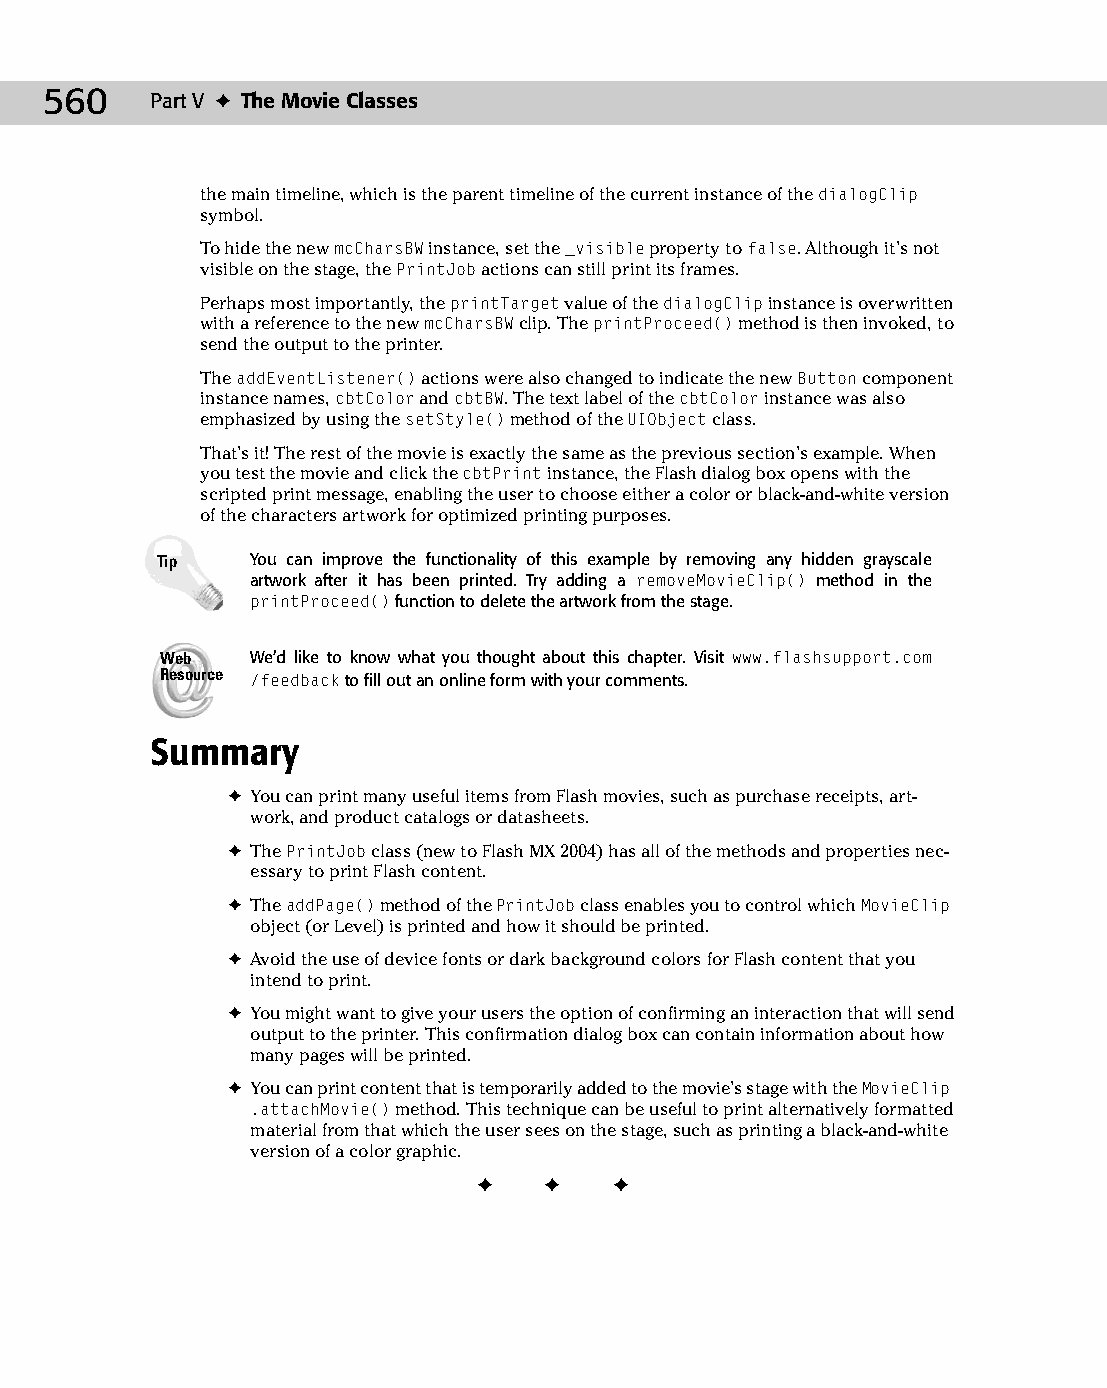
28 543547 ch22.qxd 3/24/04 4:09 PM Page 560
 560    Part V ✦ The Movie Classes
 the main timeline, which is the parent timeline of the current instance of the dialogClip
 symbol.
 To hide the new mcCharsBW instance, set the _visible property to false. Although it’s not
 visible on the stage, the PrintJob actions can still print its frames.
 Perhaps most importantly, the printTarget value of the dialogClip instance is overwritten
 with a reference to the new mcCharsBW clip. The printProceed() method is then invoked, to
 send the output to the printer.
 The addEventListener() actions were also changed to indicate the new Button component
 instance names, cbtColor and cbtBW. The text label of the cbtColor instance was also
 emphasized by using the setStyle() method of the UIObject class.
 That’s it! The rest of the movie is exactly the same as the previous section’s example. When
 you test the movie and click the cbtPrint instance, the Flash dialog box opens with the
 scripted print message, enabling the user to choose either a color or black-and-white version
 of the characters artwork for optimized printing purposes.
 Tip    You can improve the functionality of this example by removing any hidden grayscale
 artwork after it has been printed. Try adding a removeMovieClip() method in the
 printProceed() function to delete the artwork from the stage.
 Web   We’d like to know what you thought about this chapter. Visit www.flashsupport.com
 Resource /feedback to fill out an online form with your comments.
 Summary
 ✦ You can print many useful items from Flash movies, such as purchase receipts, art­
 work, and product catalogs or datasheets.
 ✦ The PrintJob class (new to Flash MX 2004) has all of the methods and properties nec­
 essary to print Flash content.
 ✦ The addPage() method of the PrintJob class enables you to control which MovieClip
 object (or Level) is printed and how it should be printed.
 ✦ Avoid the use of device fonts or dark background colors for Flash content that you
 intend to print.
 ✦ You might want to give your users the option of confirming an interaction that will send
 output to the printer. This confirmation dialog box can contain information about how
 many pages will be printed.
 ✦ You can print content that is temporarily added to the movie’s stage with the MovieClip
 .attachMovie() method. This technique can be useful to print alternatively formatted
 material from that which the user sees on the stage, such as printing a black-and-white
 version of a color graphic.
 ✦  ✦  ✦